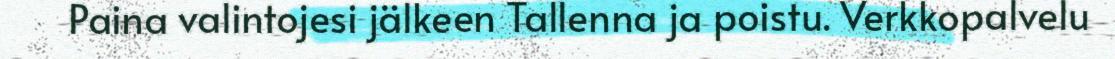
Paina valintojesi jälkeen Tallenna ja poistu. Verkkopalvelu